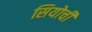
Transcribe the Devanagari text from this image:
सियोची